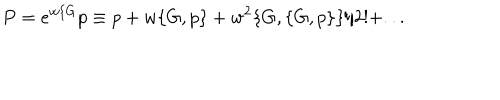
LaTeX: P = e ^ { w \{ G } p \equiv p + w \{ G , p \} + w ^ { 2 } \{ G , \{ G , p \} \} / 2 ! + . . .